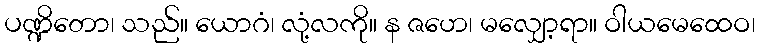
ပဏ္ဍိတော၊ သည်။ ယောဂံ၊ လုံ့လကို။ န ဇဟေ၊ မလျှော့ရာ။ ဝါယမေထေဝ၊